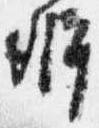
弁